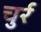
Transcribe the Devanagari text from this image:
चुर्र